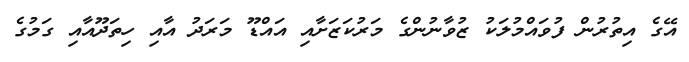
އޭގެ އިތުރުން ފުވައްމުލަކު ޒުވާނުންގެ މަރުކަޒަށާއި އައްޑޫ މަރަދު އާއި ހިތަދޫއާއި ގަމުގެ